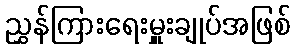
ညွှန်ကြားရေးမှူးချုပ်အဖြစ်